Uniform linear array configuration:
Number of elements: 24
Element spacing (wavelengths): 1
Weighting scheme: cosine
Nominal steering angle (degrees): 0
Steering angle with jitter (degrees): -1.048
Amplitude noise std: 0.05
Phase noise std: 0.05

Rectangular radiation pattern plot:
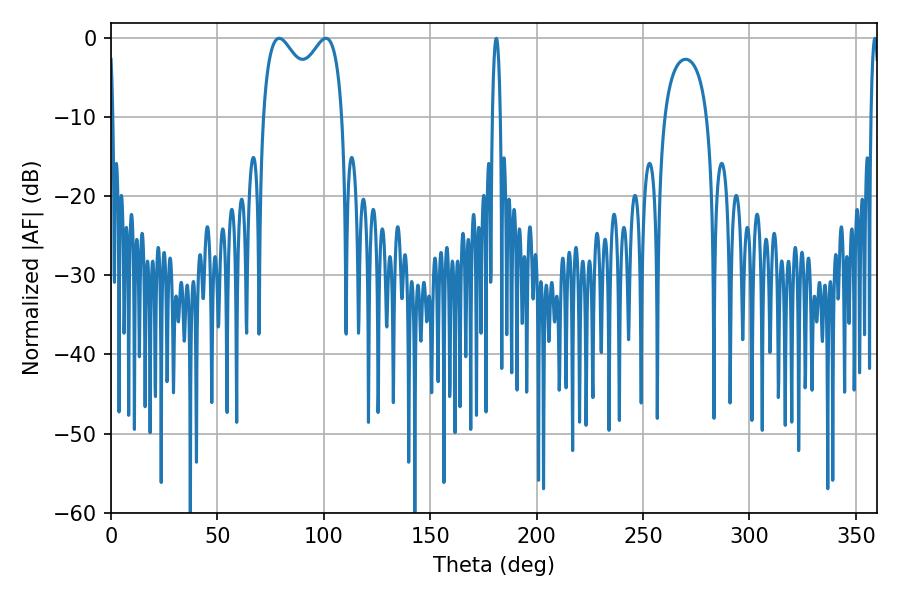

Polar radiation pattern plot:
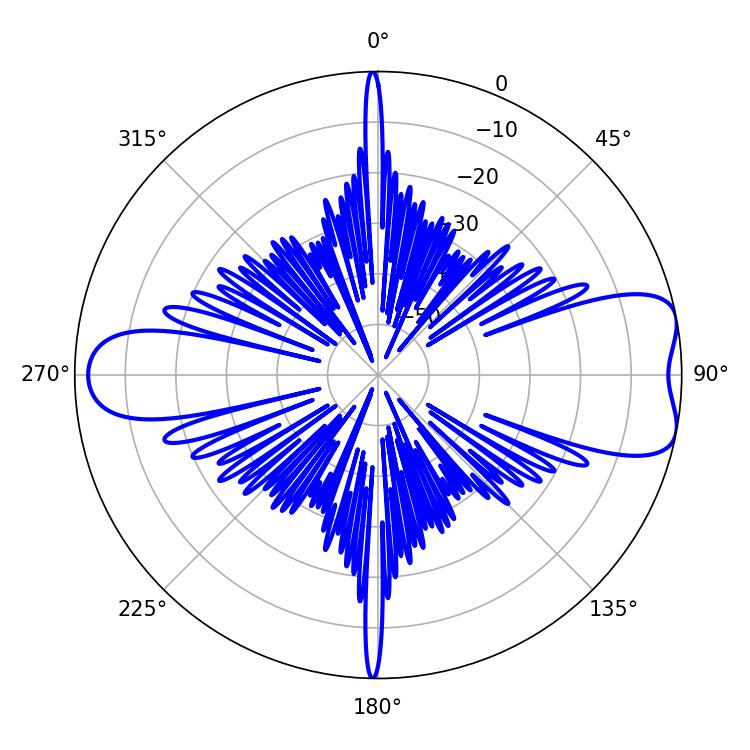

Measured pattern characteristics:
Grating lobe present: TRUE
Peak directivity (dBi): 8.087
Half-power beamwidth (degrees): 31.32
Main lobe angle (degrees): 79.02